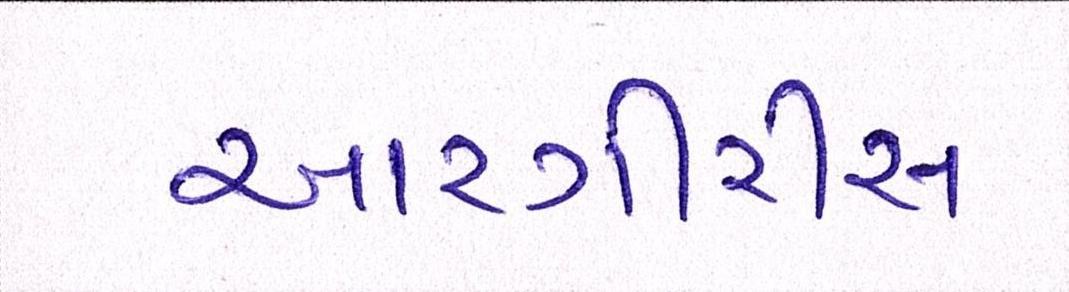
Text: આરગીરીસ